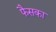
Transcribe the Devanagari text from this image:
फैसका